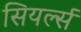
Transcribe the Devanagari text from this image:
सियर्ल्स